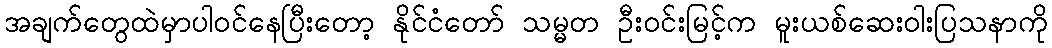
အချက်တွေထဲမှာပါဝင်နေပြီးတော့ နိုင်ငံတော် သမ္မတ ဦးဝင်းမြင့်က မူးယစ်ဆေးဝါးပြသနာကို